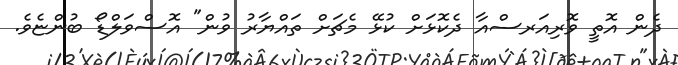
ދެން އޮތީ ވޮރިއަރސްއާ ދެކޮޅަށް ކުޅޭ މެޗަށް ތައްޔާރު ވުން" އޮސްވަލްޑޯ ބުންޏެވެ.